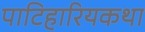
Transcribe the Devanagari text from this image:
पाटिहारियकथा